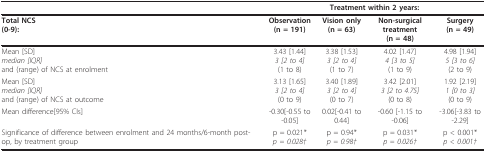
<table><thead><tr><td></td><td colspan="4"><b>Treatment within 2 years:</b></td></tr></thead><tbody><tr><td><b>Total NCS</b><b>(0-9):</b></td><td><b>Observation</b><b>(n = 191)</b></td><td><b>Vision only</b><b>(n = 63)</b></td><td><b>Non-surgical treatment</b><b>(n = 48)</b></td><td><b>Surgery</b><b>(n = 49)</b></td></tr><tr><td>Mean [SD]<i>median [IQR]</i>and (range) of NCS at enrolment</td><td>3.43 [1.44]<i>3 [2 to 4]</i>(1 to 8)</td><td>3.38 [1.53]<i>3 [2 to 4]</i>(1 to 7)</td><td>4.02 [1.47]<i>4 [3 to 5]</i>(1 to 9)</td><td>4.98 [1.94]<i>5 [3 to 6]</i>(2 to 9)</td></tr><tr><td>Mean [SD]<i>median [IQR] </i>and (range) of NCS at outcome</td><td>3.13 [1.65]<i>3 [2 to 4]</i>(0 to 9)</td><td>3.40 [1.89]<i>3 [2 to 4]</i>(0 to 7)</td><td>3.42 [2.01]<i>3 [2 to 4.75]</i>(0 to 8)</td><td>1.92 [2.19]<i>1 [0 to 3]</i>(0 to 9)</td></tr><tr><td>Mean difference[95% CIs]</td><td>-0.30[-0.55 to -0.05]</td><td>0.02[-0.41 to 0.44]</td><td>-0.60 [-1.15 to -0.06]</td><td>-3.06[-3.83 to -2.29]</td></tr><tr><td>Significance of difference between enrolment and 24 months/6-month post-op, by treatment group</td><td>p = 0.021*<i>p = 0.028†</i></td><td>p = 0.94*<i>p = 0.98†</i></td><td>p = 0.031*<i>p = 0.026†</i></td><td>p &lt; 0.001*<i>p &lt; 0.001†</i></td></tr></tbody></table>